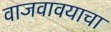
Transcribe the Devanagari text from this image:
वाजवावयाचा